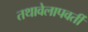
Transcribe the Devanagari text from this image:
तथावेलापवर्ती